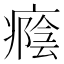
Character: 癊